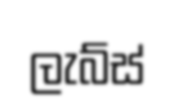
ලැබ්ස්